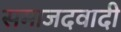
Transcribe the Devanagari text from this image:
समाजदवादी